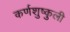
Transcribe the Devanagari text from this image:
कर्णशुष्कुली